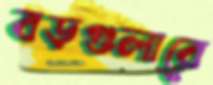
বড়গুলারে